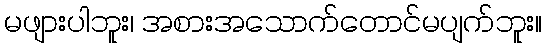
မဖျားပါဘူး၊ အစားအသောက်တောင်မပျက်ဘူး။